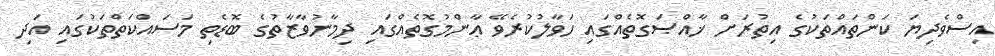
އިސްވެދިޔަ ކަންތައްތަކުގެ އިތުރަށް ޚާއްޞަގޮތެއްގައި ހަވާލުކުރެވޭ ޢާންމުގޮތެއްގައި ދިމާނުވާޒާތުގެ ބޮޑެތި މަސައްކަތްތަކުގައި އަދި